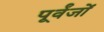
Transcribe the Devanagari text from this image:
पूर्वंजों